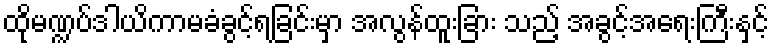
ထိုမဏ္ဍပ်ဒါယိကာမခံခွင့်ရခြင်းမှာ အလွန်ထူးခြား သည့် အခွင့်အရေးကြီးနှင့်